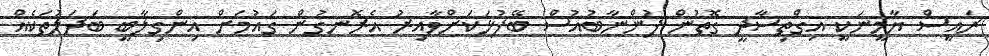
ރައީސް ޔާމީނަކީ އިގްތިސާދީ ގޮތުން ފުންނާބުއުސް ބޭފުޅަކަށްވާއިރު އެރޮނގުން ގައުމަށް އިންގިލާބީ ބަދަލުތަކެއް